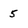
Character: 5